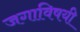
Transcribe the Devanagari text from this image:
जगाविषयी